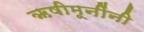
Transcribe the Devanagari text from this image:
ऋषीमूनींनी